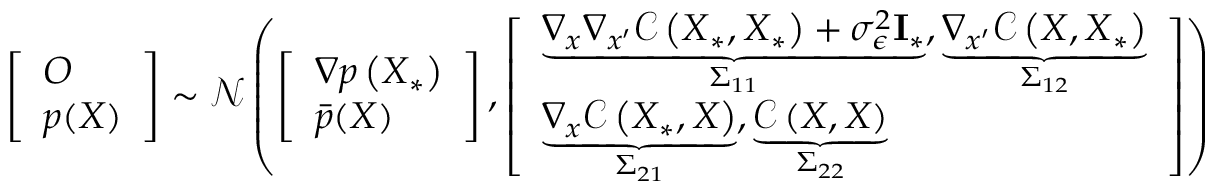
\left[ \begin{array} { l } { \boldsymbol { O } } \\ { p ( \boldsymbol { X } ) } \end{array} \right] \sim \mathcal { N } \left( \left[ \begin{array} { l } { \nabla p \left( \boldsymbol { X } _ { * } \right) } \\ { \bar { p } ( \boldsymbol { X } ) } \end{array} \right] , \left[ \begin{array} { l } { \underbrace { \nabla _ { \boldsymbol { x } } \nabla _ { \boldsymbol { x } ^ { \prime } } \mathcal { C } \left( \boldsymbol { X } _ { * } , \boldsymbol { X } _ { * } \right) + \sigma _ { \epsilon } ^ { 2 } \mathbf { I } _ { * } } _ { \Sigma _ { 1 1 } } , \underbrace { \nabla _ { \boldsymbol { x } ^ { \prime } } \mathcal { C } \left( \boldsymbol { X } , \boldsymbol { X } _ { * } \right) } _ { \Sigma _ { 1 2 } } } \\ { \underbrace { \nabla _ { \boldsymbol { x } } \mathcal { C } \left( \boldsymbol { X } _ { * } , \boldsymbol { X } \right) } _ { \Sigma _ { 2 1 } } , \underbrace { \mathcal { C } \left( \boldsymbol { X } , \boldsymbol { X } \right) } _ { \Sigma _ { 2 2 } } } \end{array} \right] \right)